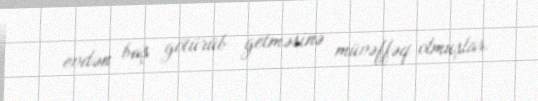
evdən baş götürüb getməsinə müvəffəq olmuşlar.